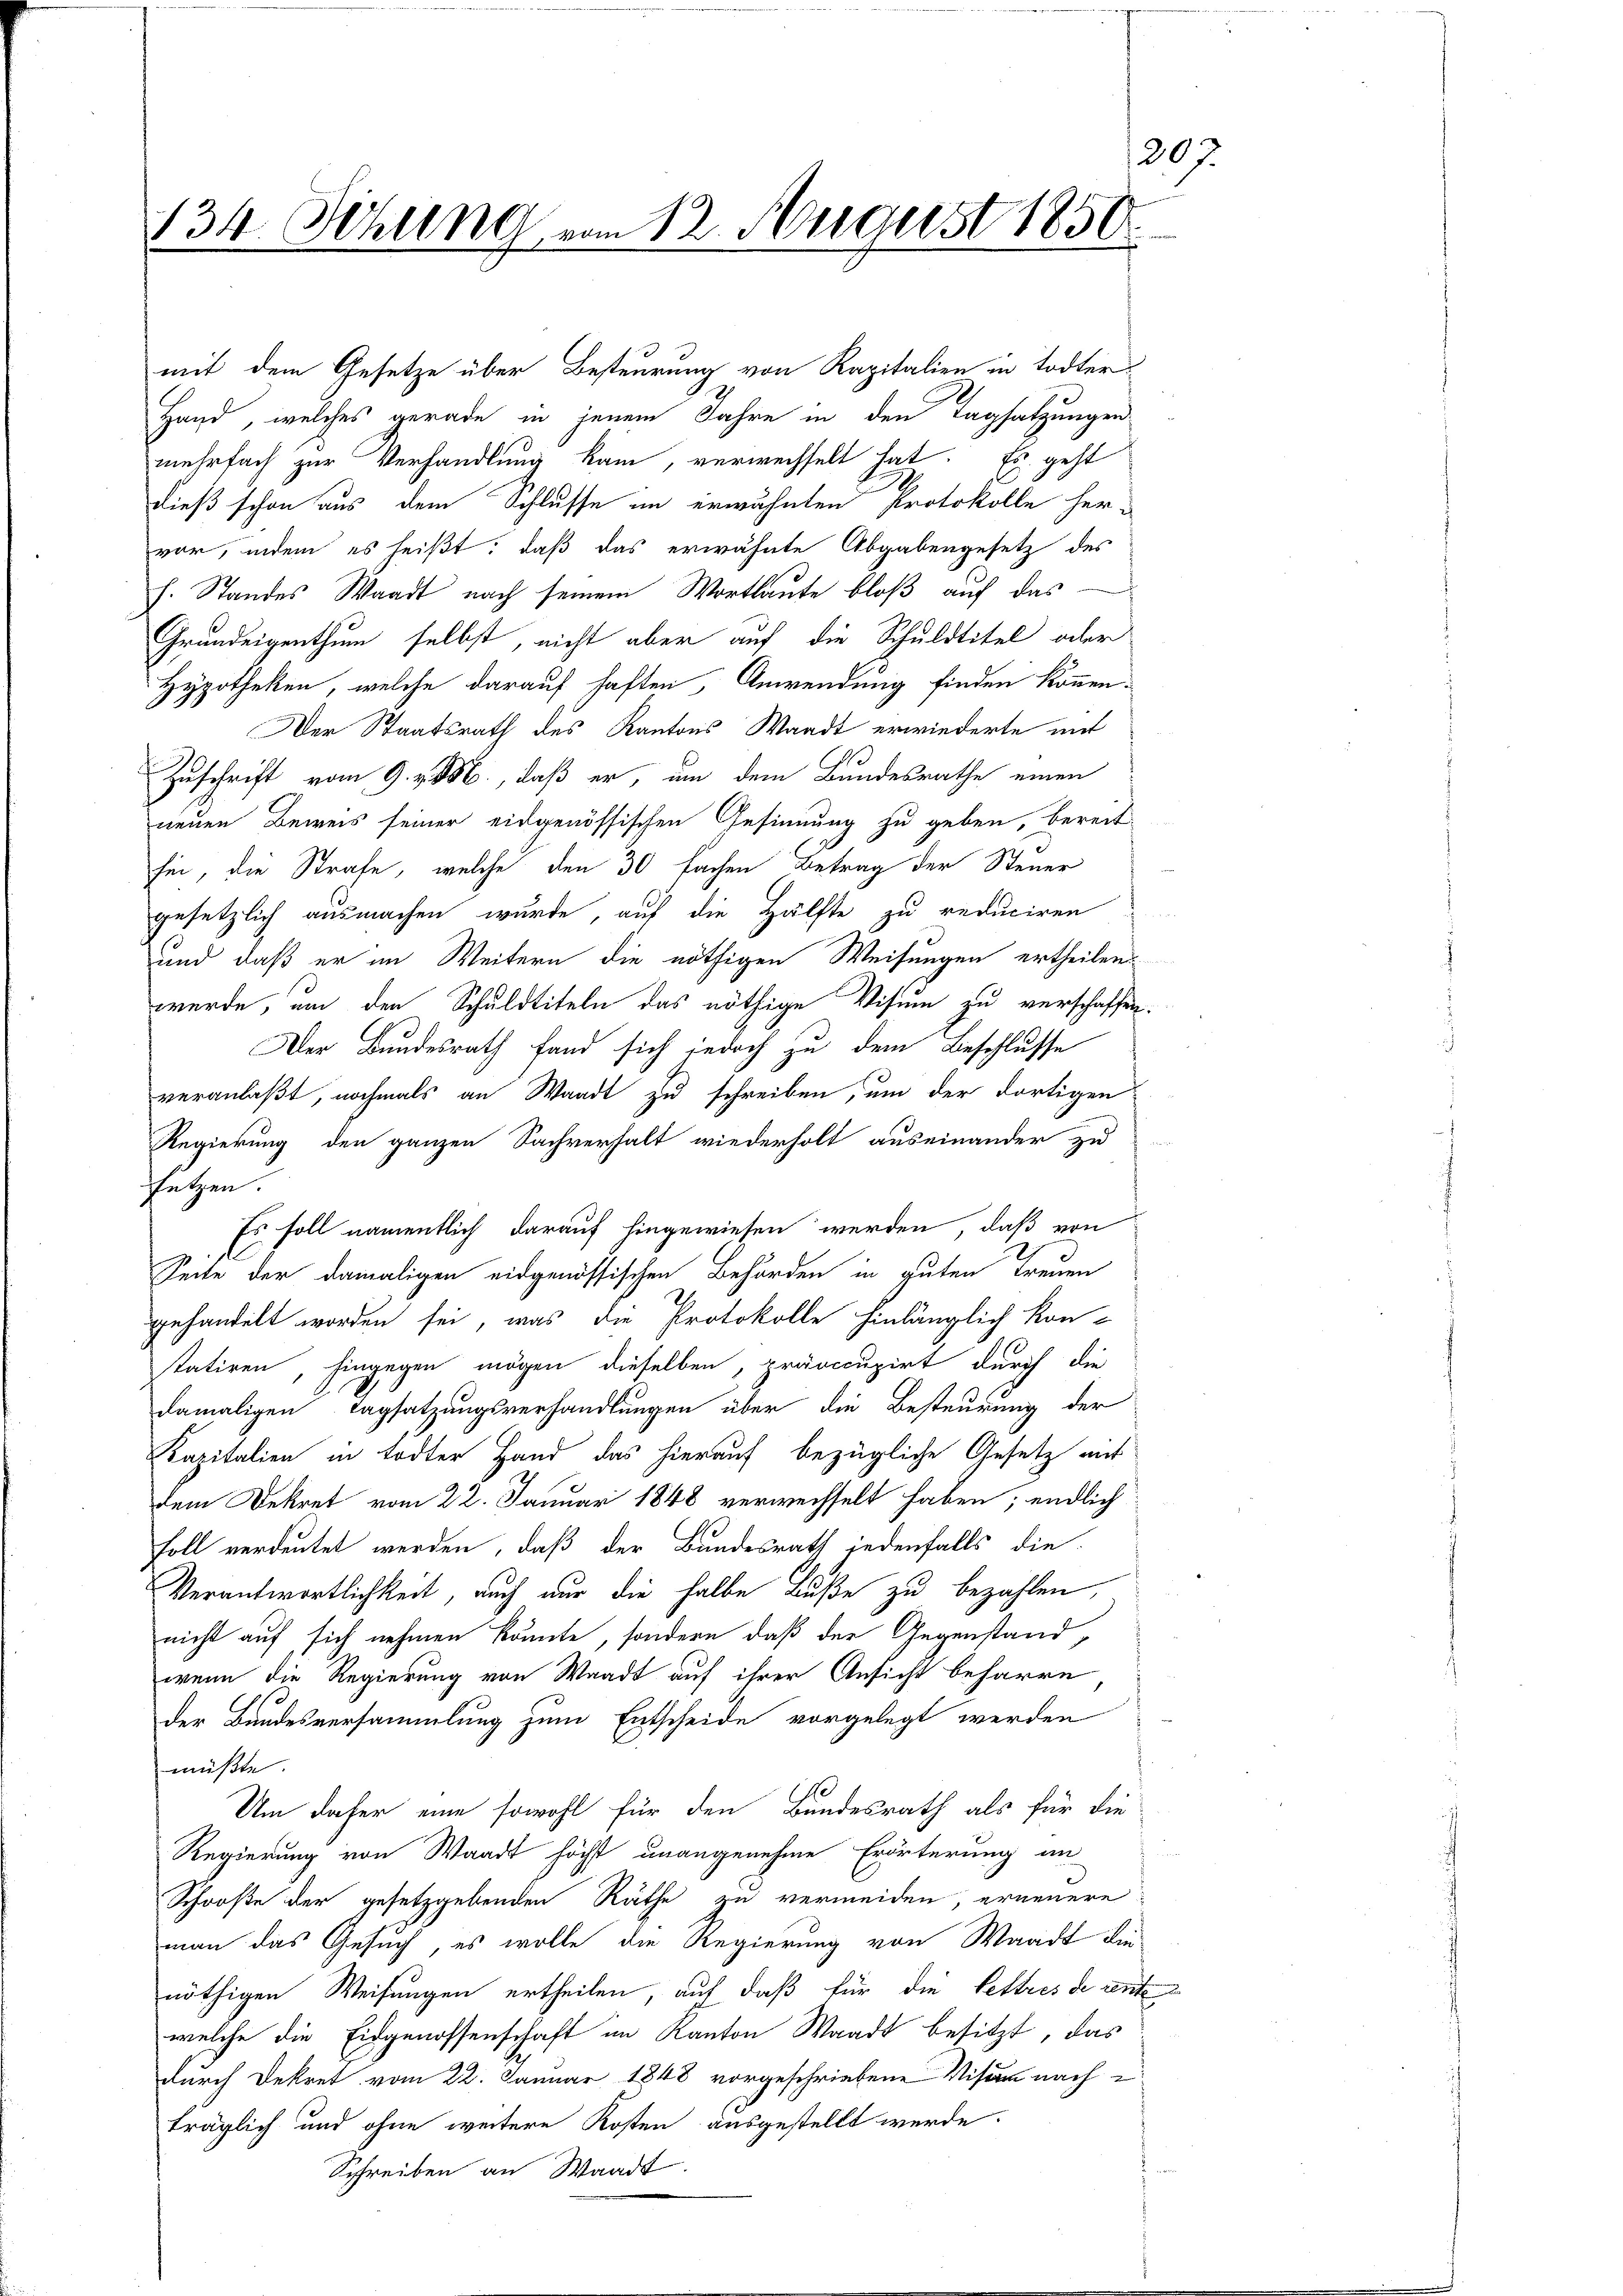
207.
134. Sitzung vom 12. August 1850.

mit dem Gesetze über Besteurung von Kapitalien in Todter

Hand, welches gerade in jenem Jahre in den Tagsatzungen
mehrfach zur Verhandlung kam, verwechselt hat. Es geht
dieß schon aus dem Schlusse im erwähnten Protokolle her-
vor, indem es heißt, daß das erwähnte Abgabengesetz des
h. Standes Waadt nach seinem Wortlaute bloß auf das
Grundeigenthum selbst, nicht aber auf die Schuldtitel oder
Hypotheken, welche darauf haften Anwendung finden können.
Der Staatsrath des Kantons Waadt erwiederte mit
Zuschrift vom 9. v. M., daß er, um dem Bundesrathe einen
neuen Beweis seiner eidgenössischen Gesinnung zu geben, bereit.
sei, die Strafe, welche den 30 fachen Betrag der Steuer
gesetzlich ausmachen wurde, auf die Hälfte zu reduciren
und daß er im Weitern die nöthigen Weisungen ertheilen
werde, um den Schuldtiteln das nöthige Visien zu verschaffen.
Der Bundesrath fand sich jedoch zu dem Beschlusse
veranlaßt, nochmals an Waadt zu schreiben, um der dortigen
Regierung den ganzen Sachverhalt wiederholt auseinander zu
setzen.
Es soll namentlich darauf hingewiesen werden, daß von
Seite der damaligen eidgenössischen Behörden in guten Treuen
gehandelt worden sei, was die Protokolle hinlänglich kon-
statiren, hingegen mögen dieselben, präoccupirt durch die
damaligen Tagsatzungsverhandlungen über die Besteurung der
Kapitalien in todter Hand das hierauf bezügliche Gesetz auf
dem Dekret vom 22. Januar 1848 verwechselt haben; endlich
Foll verdeutet werden, daß der Bundesrath jedenfalls die
Verantwortlichkeit, auch nur die halbe Buße zu bezahlen,
nicht auf sich nehmen könnte, sondern daß der Gegenstand,
wenn die Regierung von Waadt auf ihrer Ansicht beharre
der Bundesversammlung zum Entscheide vorgelegt werden
müßte.
Ne
Um dafür eine sowohl für den Bundesrath als für die
Regierung von Waadt höchst unangenehme Erörterung an
Schooße der gesetzgebenden Räthe zu vermeiden, erneuere
man das Gesuch, es wolle die Regierung von Waadt die
nöthigen Weisungen ertheilen, auf daß für die Lettres de rente
welche die Eidgenossenschaft im Kanton Waadt besitzt, das
durch Dekret vom 22. Januar 1848 vorgeschriebene Visum nach i
träglich und ohne weitere Kosten ausgestellt werde.
Schreiben an Waadt.

.

n